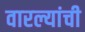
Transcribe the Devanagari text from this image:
वारल्यांची